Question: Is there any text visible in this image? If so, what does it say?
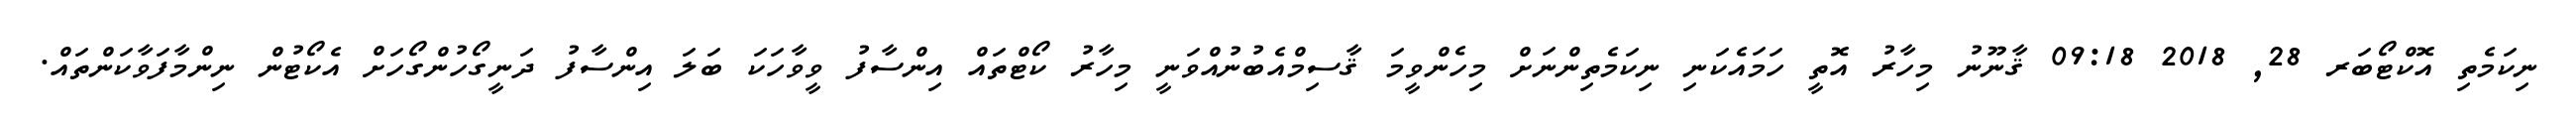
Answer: ނިކަމެތި އޮކްޓޯބަރ 28, 2018 09:18 ޤާނޫނު މިހާރު އޮތީ ހަމައެކަނި ނިކަމެތިންނަށް މިހެންވީމަ ޤާސިމްއެބުނުއްވަނީ މިހާރު ކޯޓްތައް އިންސާފު ވީވާހަކަ ބަލަ އިންސާފު ދަނީގޯހުންގޯހަށް އެކޯޓުން ނިންމާފަވާކަންތައް.